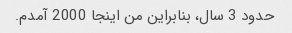
حدود 3 سال، بنابراین من اینجا 2000 آمدم.